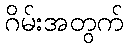
ဂိမ်းအတွက်